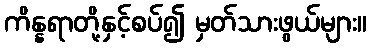
ကိန္နရာတို့နှင့်စပ်၍ မှတ်သားဖွယ်များ။